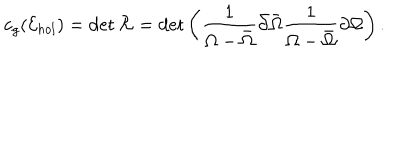
c _ { g } ( { \cal E } _ { h o l } ) = \det { \cal R } = \det \left( { \frac { 1 } { \Omega - \bar { \Omega } } } \bar { \partial } \bar { \Omega } { \frac { 1 } { \Omega - \bar { \Omega } } } \partial \Omega \right) .